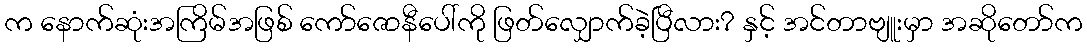
က နောက်ဆုံးအကြိမ်အဖြစ် ကော်ဇောနီပေါ်ကို ဖြတ်လျှောက်ခဲ့ပြီလား? နှင့် အင်တာဗျူးမှာ အဆိုတော်က